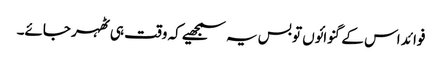
فوائد اس کے گنوائوں تو بس یہ سمجھیے کہ وقت ہی ٹھہر جائے۔